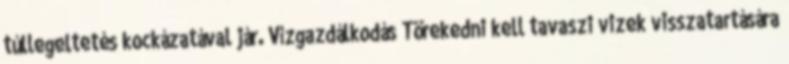
túllegeltetés kockázatával jár. Vízgazdálkodás Törekedni kell tavaszi vizek visszatartására